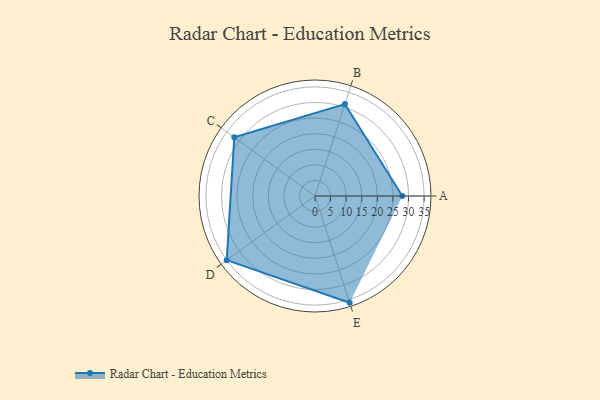
{"axis": {"x": "Skill", "y": "Score"}, "legend": ["Profile"], "data": [{"x": "A", "y": 28.0, "type": "Profile"}, {"x": "B", "y": 31.0, "type": "Profile"}, {"x": "C", "y": 32.0, "type": "Profile"}, {"x": "D", "y": 35.0, "type": "Profile"}, {"x": "E", "y": 36.0, "type": "Profile"}]}